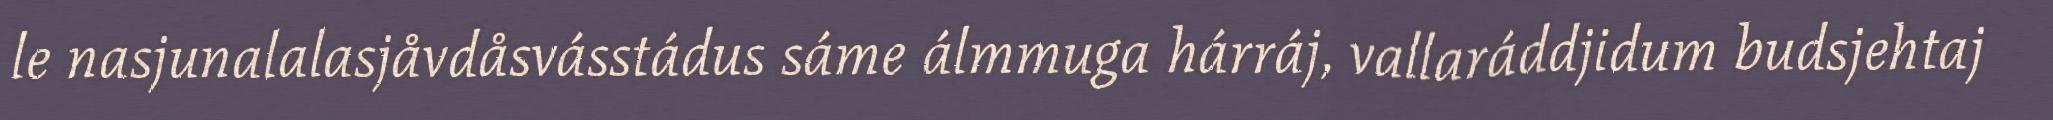
le nasjunalalasjåvdåsvásstádus sáme álmmuga hárráj, vallaráddjidum budsjehtaj